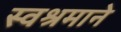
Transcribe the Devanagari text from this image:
स्वश्रमाने